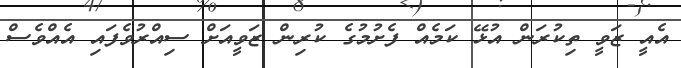
އެއީ ޒަވީ ތިކުރަން އުޅޭ ކަމެއް ފެށުމުގެ ކުރިން ޒަވީއަށް ސިއްރުވެފައި އެއްވެސް